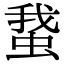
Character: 䖸